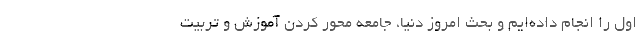
اول را انجام داده‌‌ایم و بحث امروز دنیا، جامعه محور کردن آموزش و تربیت